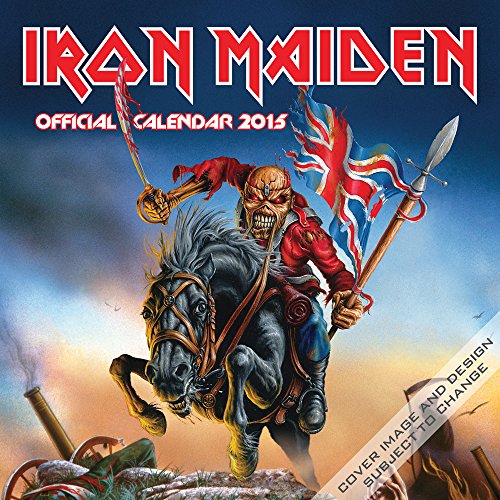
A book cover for Iron Maiden 2015 Square 12x12; BrownTrout; Calendars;